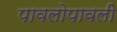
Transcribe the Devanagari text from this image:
पावलोपावली